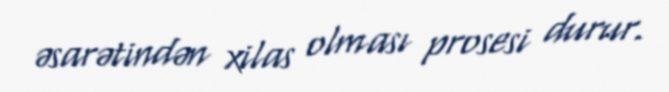
əsarətindən xilas olması prosesi durur.